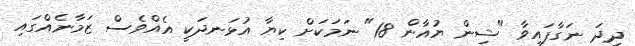
ދިދަ ނަގާފައިވާ "ޝިން ޔުއާން 18" ނަމަކަށް ކިޔާ އުޅަނދަކީ އެއްވެސް ޒަމާނެއްގައި